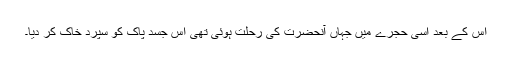
اس کے بعد اسی حجرے میں جہاں آنحضرت کی رحلت ہوئی تھی اس جسد پاک کو سپرد خاک کر دیا۔